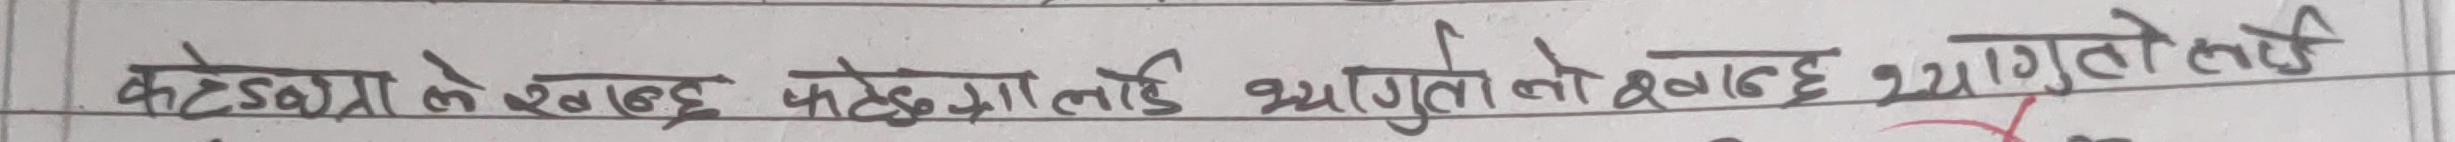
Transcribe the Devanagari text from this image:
कटेद्धारा लेखन पट्हगमालाई भ्यागुतो खाएछ।